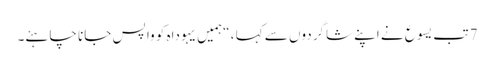
7 تب یسوع نے اپنے شاگردوں سے کہا ، “ہمیں یہوداہ کو وا پس جانا چاہئے۔